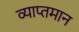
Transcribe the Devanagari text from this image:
व्याप्तमान